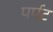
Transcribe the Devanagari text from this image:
पर्पट